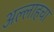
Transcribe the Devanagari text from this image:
अल्लाहचा